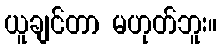
ယူချင်တာ မဟုတ်ဘူး။